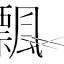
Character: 飄